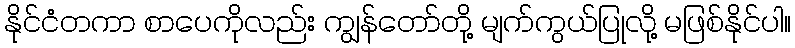
နိုင်ငံတကာ စာပေကိုလည်း ကျွန်တော်တို့ မျက်ကွယ်ပြုလို့ မဖြစ်နိုင်ပါ။